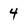
Character: 4